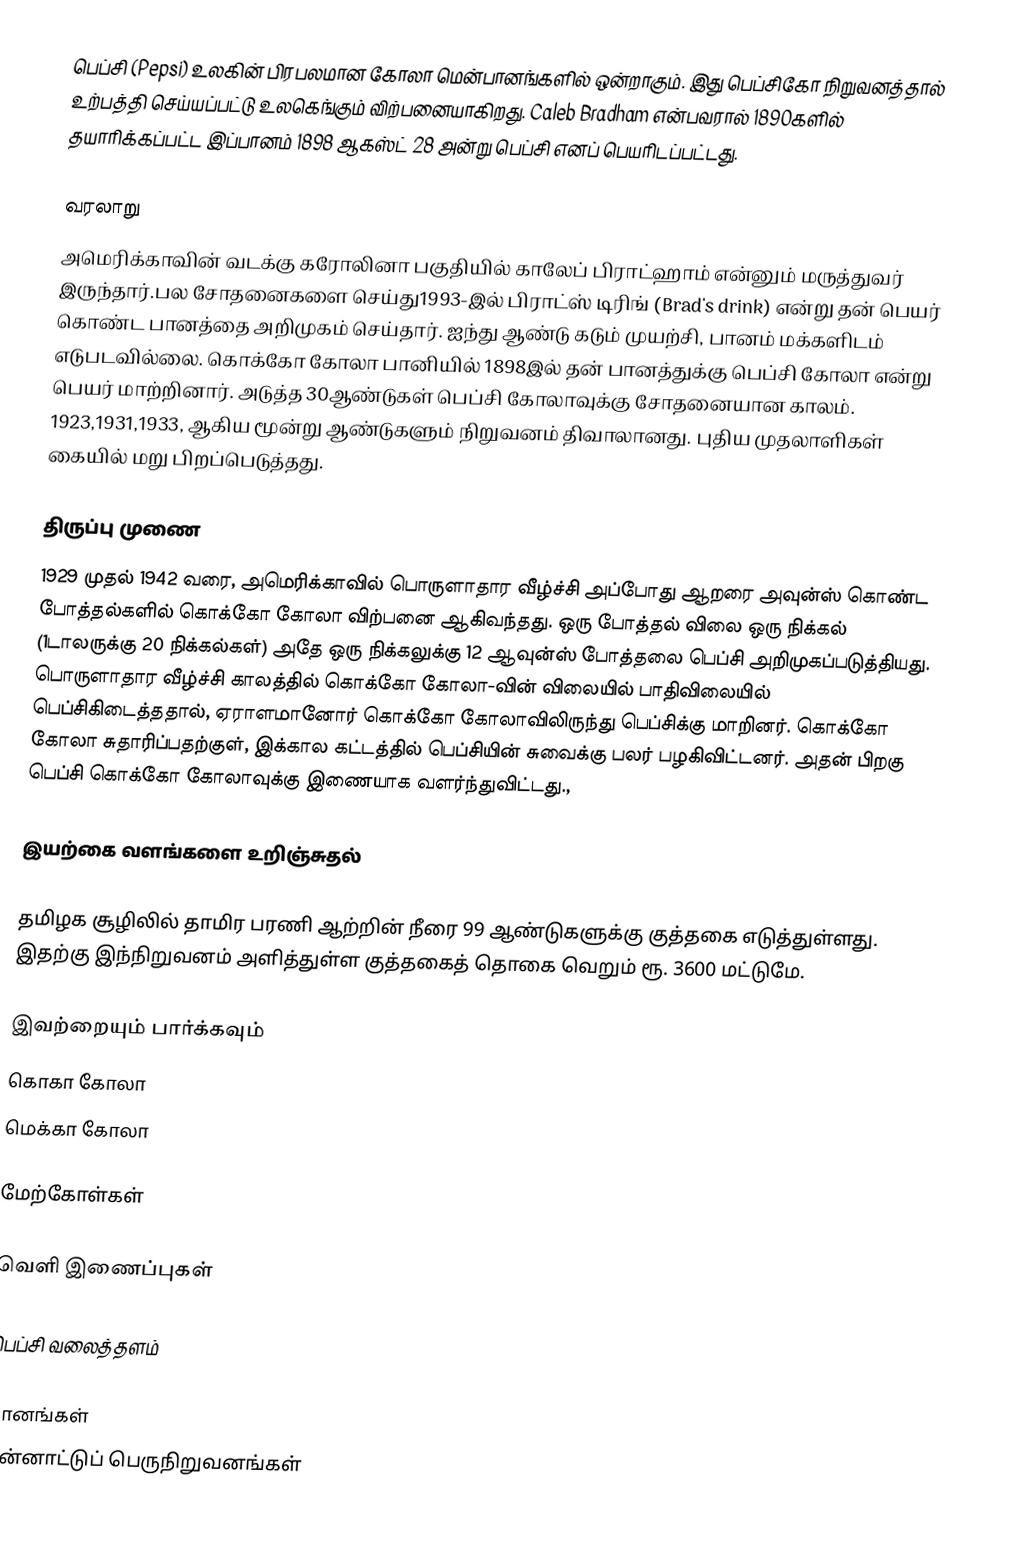
பெப்சி (Pepsi) உலகின் பிரபலமான கோலா மென்பானங்களில் ஒன்றாகும். இது பெப்சிகோ நிறுவனத்தால் உற்பத்தி செய்யப்பட்டு உலகெங்கும் விற்பனையாகிறது. Caleb Bradham என்பவரால் 1890களில் தயாரிக்கப்பட்ட இப்பானம் 1898 ஆகஸ்ட் 28 அன்று பெப்சி எனப் பெயரிடப்பட்டது.

வரலாறு
அமெரிக்காவின் வடக்கு கரோலினா பகுதியில் காலேப் பிராட்ஹாம்  என்னும் மருத்துவர் இருந்தார்.பல சோதனைகளை செய்து1993-இல் பிராட்ஸ் டிரிங் (Brad's drink) என்று தன் பெயர் கொண்ட பானத்தை அறிமுகம் செய்தார்.  ஐந்து ஆண்டு கடும் முயற்சி, பானம் மக்களிடம் எடுபடவில்லை. கொக்கோ கோலா பானியில் 1898இல் தன் பானத்துக்கு பெப்சி கோலா என்று பெயர் மாற்றினார். அடுத்த 30ஆண்டுகள் பெப்சி கோலாவுக்கு சோதனையான காலம். 1923,1931,1933, ஆகிய மூன்று ஆண்டுகளும் நிறுவனம் திவாலானது. புதிய முதலாளிகள் கையில் மறு பிறப்பெடுத்தது.

திருப்பு முணை
1929 முதல் 1942 வரை, அமெரிக்காவில் பொருளாதார வீழ்ச்சி அப்போது ஆறரை அவுன்ஸ் கொண்ட போத்தல்களில்   கொக்கோ கோலா விற்பனை ஆகிவந்தது. ஒரு போத்தல் விலை ஒரு நிக்கல் (1டாலருக்கு 20 நிக்கல்கள்) அதே ஒரு நிக்கலுக்கு 12 ஆவுன்ஸ் போத்தலை பெப்சி அறிமுகப்படுத்தியது.  பொருளாதார வீழ்ச்சி காலத்தில் கொக்கோ கோலா-வின் விலையில் பாதிவிலையில் பெப்சிகிடைத்ததால், ஏராளமானோர் கொக்கோ கோலாவிலிருந்து பெப்சிக்கு மாறினர். கொக்கோ கோலா சுதாரிப்பதற்குள், இக்கால கட்டத்தில் பெப்சியின் சுவைக்கு பலர் பழகிவிட்டனர். அதன் பிறகு பெப்சி கொக்கோ கோலாவுக்கு இணையாக வளர்ந்துவிட்டது.,

இயற்கை வளங்களை உறிஞ்சுதல்

தமிழக சூழிலில் தாமிர பரணி ஆற்றின் நீரை 99 ஆண்டுகளுக்கு குத்தகை எடுத்துள்ளது. இதற்கு இந்நிறுவனம் அளித்துள்ள குத்தகைத் தொகை வெறும் ரூ. 3600 மட்டுமே.

இவற்றையும் பார்க்கவும்
 கொகா கோலா
 மெக்கா கோலா

மேற்கோள்கள்

வெளி இணைப்புகள்

 பெப்சி வலைத்தளம்

பானங்கள்
பன்னாட்டுப் பெருநிறுவனங்கள்